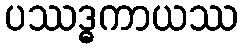
ပဿဒ္ဓကာယဿ